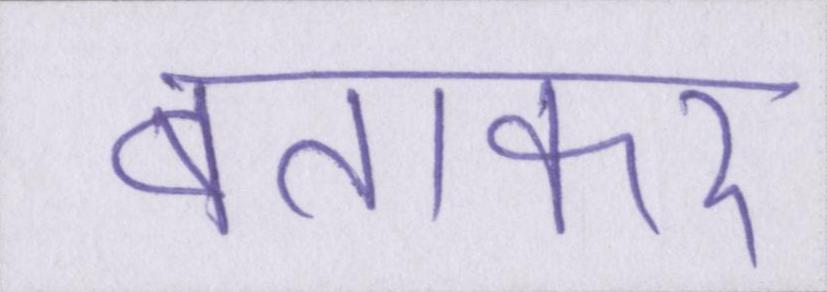
बताकर